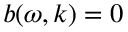
b ( \omega , k ) = 0